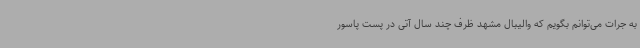
به جرات می‌توانم بگویم که والیبال مشهد ظرف چند سال آتی در پست پاسور